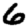
Digit: 6